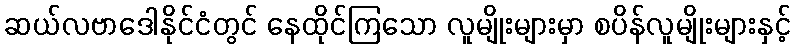
ဆယ်လဗာဒေါနိုင်ငံတွင် နေထိုင်ကြသော လူမျိုးများမှာ စပိန်လူမျိုးများနှင့်